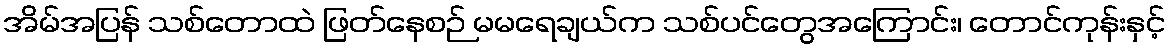
အိမ်အပြန် သစ်တောထဲ ဖြတ်နေစဉ် မမရေချယ်က သစ်ပင်တွေအကြောင်း၊ တောင်ကုန်းနှင့်